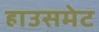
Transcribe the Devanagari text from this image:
हाउसमेट